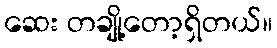
ဆေး တချို့တော့ရှိတယ်။